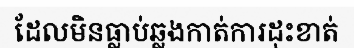
ដែលមិនធ្លាប់ឆ្លងកាត់ការដុះខាត់